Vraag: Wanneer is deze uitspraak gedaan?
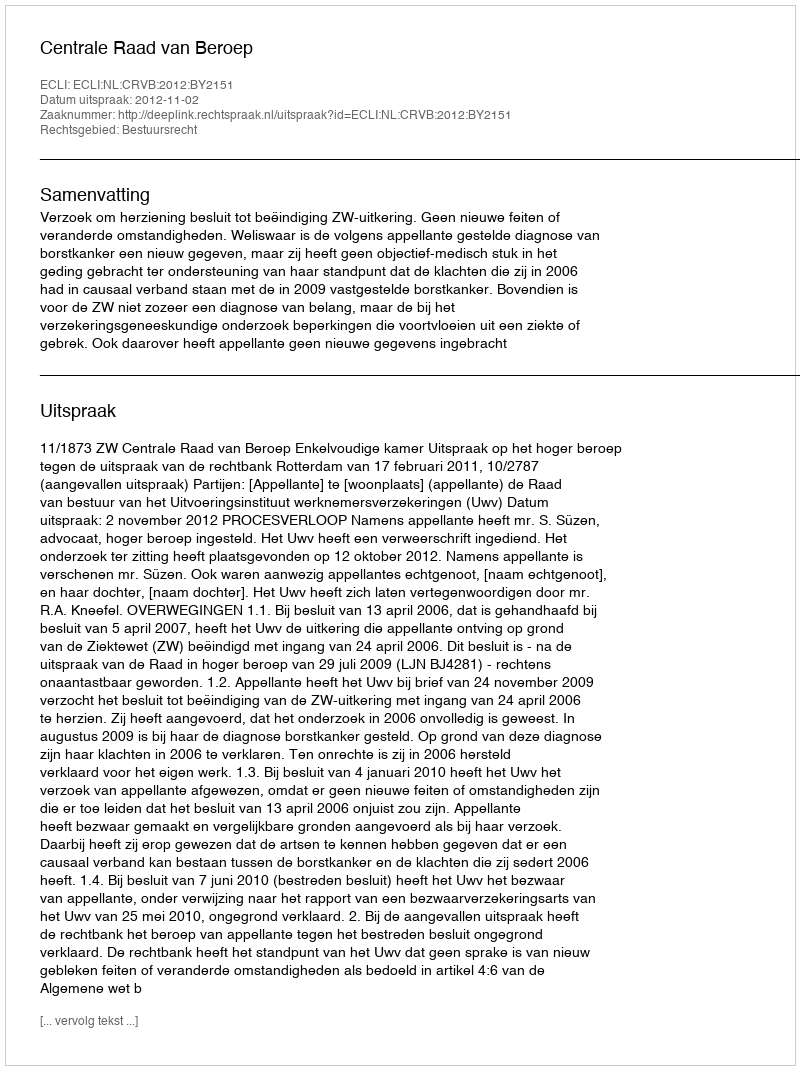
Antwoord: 2012-11-02